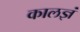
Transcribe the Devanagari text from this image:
कालज्ञं